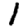
Digit: 1